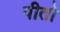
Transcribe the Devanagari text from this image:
पीतो